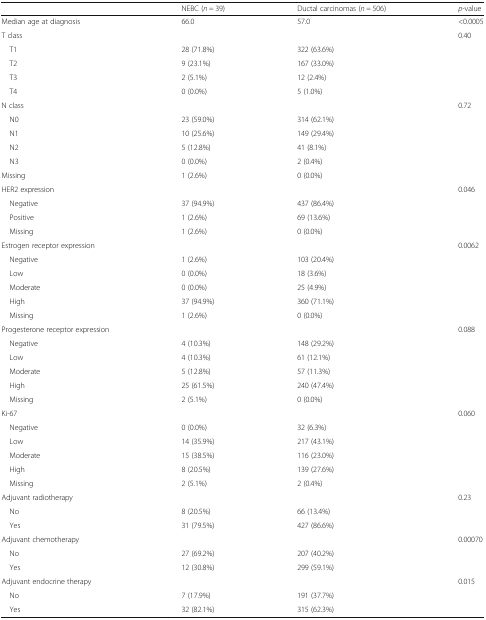
<table><thead><tr><td></td><td><b>NEBC (<i>n =</i> 39)</b></td><td><b>Ductal carcinomas (<i>n =</i> 506)</b></td><td><b><i>p</i>-value</b></td></tr></thead><tbody><tr><td>Median age at diagnosis</td><td>66.0</td><td>57.0</td><td>&lt;0.0005</td></tr><tr><td>T class</td><td></td><td></td><td>0.40</td></tr><tr><td> T1</td><td>28 (71.8%)</td><td>322 (63.6%)</td><td></td></tr><tr><td> T2</td><td>9 (23.1%)</td><td>167 (33.0%)</td><td></td></tr><tr><td> T3</td><td>2 (5.1%)</td><td>12 (2.4%)</td><td></td></tr><tr><td> T4</td><td>0 (0.0%)</td><td>5 (1.0%)</td><td></td></tr><tr><td>N class</td><td></td><td></td><td>0.72</td></tr><tr><td> N0</td><td>23 (59.0%)</td><td>314 (62.1%)</td><td></td></tr><tr><td> N1</td><td>10 (25.6%)</td><td>149 (29.4%)</td><td></td></tr><tr><td> N2</td><td>5 (12.8%)</td><td>41 (8.1%)</td><td></td></tr><tr><td> N3</td><td>0 (0.0%)</td><td>2 (0.4%)</td><td></td></tr><tr><td>Missing</td><td>1 (2.6%)</td><td>0 (0.0%)</td><td></td></tr><tr><td>HER2 expression</td><td></td><td></td><td>0.046</td></tr><tr><td> Negative</td><td>37 (94.9%)</td><td>437 (86.4%)</td><td></td></tr><tr><td> Positive</td><td>1 (2.6%)</td><td>69 (13.6%)</td><td></td></tr><tr><td> Missing</td><td>1 (2.6%)</td><td>0 (0.0%)</td><td></td></tr><tr><td>Estrogen receptor expression</td><td></td><td></td><td>0.0062</td></tr><tr><td> Negative</td><td>1 (2.6%)</td><td>103 (20.4%)</td><td></td></tr><tr><td> Low</td><td>0 (0.0%)</td><td>18 (3.6%)</td><td></td></tr><tr><td> Moderate</td><td>0 (0.0%)</td><td>25 (4.9%)</td><td></td></tr><tr><td> High</td><td>37 (94.9%)</td><td>360 (71.1%)</td><td></td></tr><tr><td> Missing</td><td>1 (2.6%)</td><td>0 (0.0%)</td><td></td></tr><tr><td>Progesterone receptor expression</td><td></td><td></td><td>0.088</td></tr><tr><td> Negative</td><td>4 (10.3%)</td><td>148 (29.2%)</td><td></td></tr><tr><td> Low</td><td>4 (10.3%)</td><td>61 (12.1%)</td><td></td></tr><tr><td> Moderate</td><td>5 (12.8%)</td><td>57 (11.3%)</td><td></td></tr><tr><td> High</td><td>25 (61.5%)</td><td>240 (47.4%)</td><td></td></tr><tr><td> Missing</td><td>2 (5.1%)</td><td>0 (0.0%)</td><td></td></tr><tr><td>Ki-67</td><td></td><td></td><td>0.060</td></tr><tr><td> Negative</td><td>0 (0.0%)</td><td>32 (6.3%)</td><td></td></tr><tr><td> Low</td><td>14 (35.9%)</td><td>217 (43.1%)</td><td></td></tr><tr><td> Moderate</td><td>15 (38.5%)</td><td>116 (23.0%)</td><td></td></tr><tr><td> High</td><td>8 (20.5%)</td><td>139 (27.6%)</td><td></td></tr><tr><td> Missing</td><td>2 (5.1%)</td><td>2 (0.4%)</td><td></td></tr><tr><td>Adjuvant radiotherapy</td><td></td><td></td><td>0.23</td></tr><tr><td> No</td><td>8 (20.5%)</td><td>66 (13.4%)</td><td></td></tr><tr><td> Yes</td><td>31 (79.5%)</td><td>427 (86.6%)</td><td></td></tr><tr><td>Adjuvant chemotherapy</td><td></td><td></td><td>0.00070</td></tr><tr><td> No</td><td>27 (69.2%)</td><td>207 (40.2%)</td><td></td></tr><tr><td> Yes</td><td>12 (30.8%)</td><td>299 (59.1%)</td><td></td></tr><tr><td>Adjuvant endocrine therapy</td><td></td><td></td><td>0.015</td></tr><tr><td> No</td><td>7 (17.9%)</td><td>191 (37.7%)</td><td></td></tr><tr><td> Yes</td><td>32 (82.1%)</td><td>315 (62.3%)</td><td></td></tr></tbody></table>